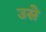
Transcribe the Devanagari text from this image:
उसेेेे